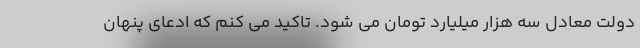
دولت معادل سه هزار میلیارد تومان می شود. تاکید می کنم که ادعای پنهان